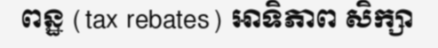
ពន្ឋ (tax rebates) អាទិភាព សិក្សា